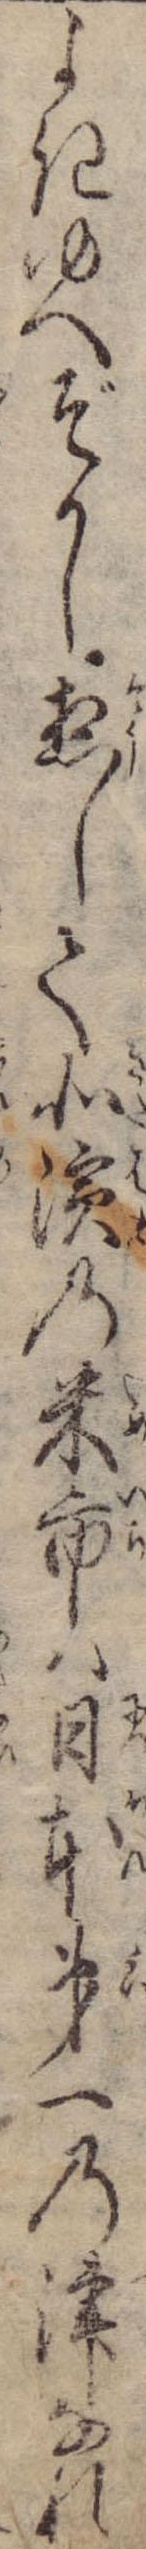
よきゆへぞかし惣して北浜の米市は日本第一の津なれ